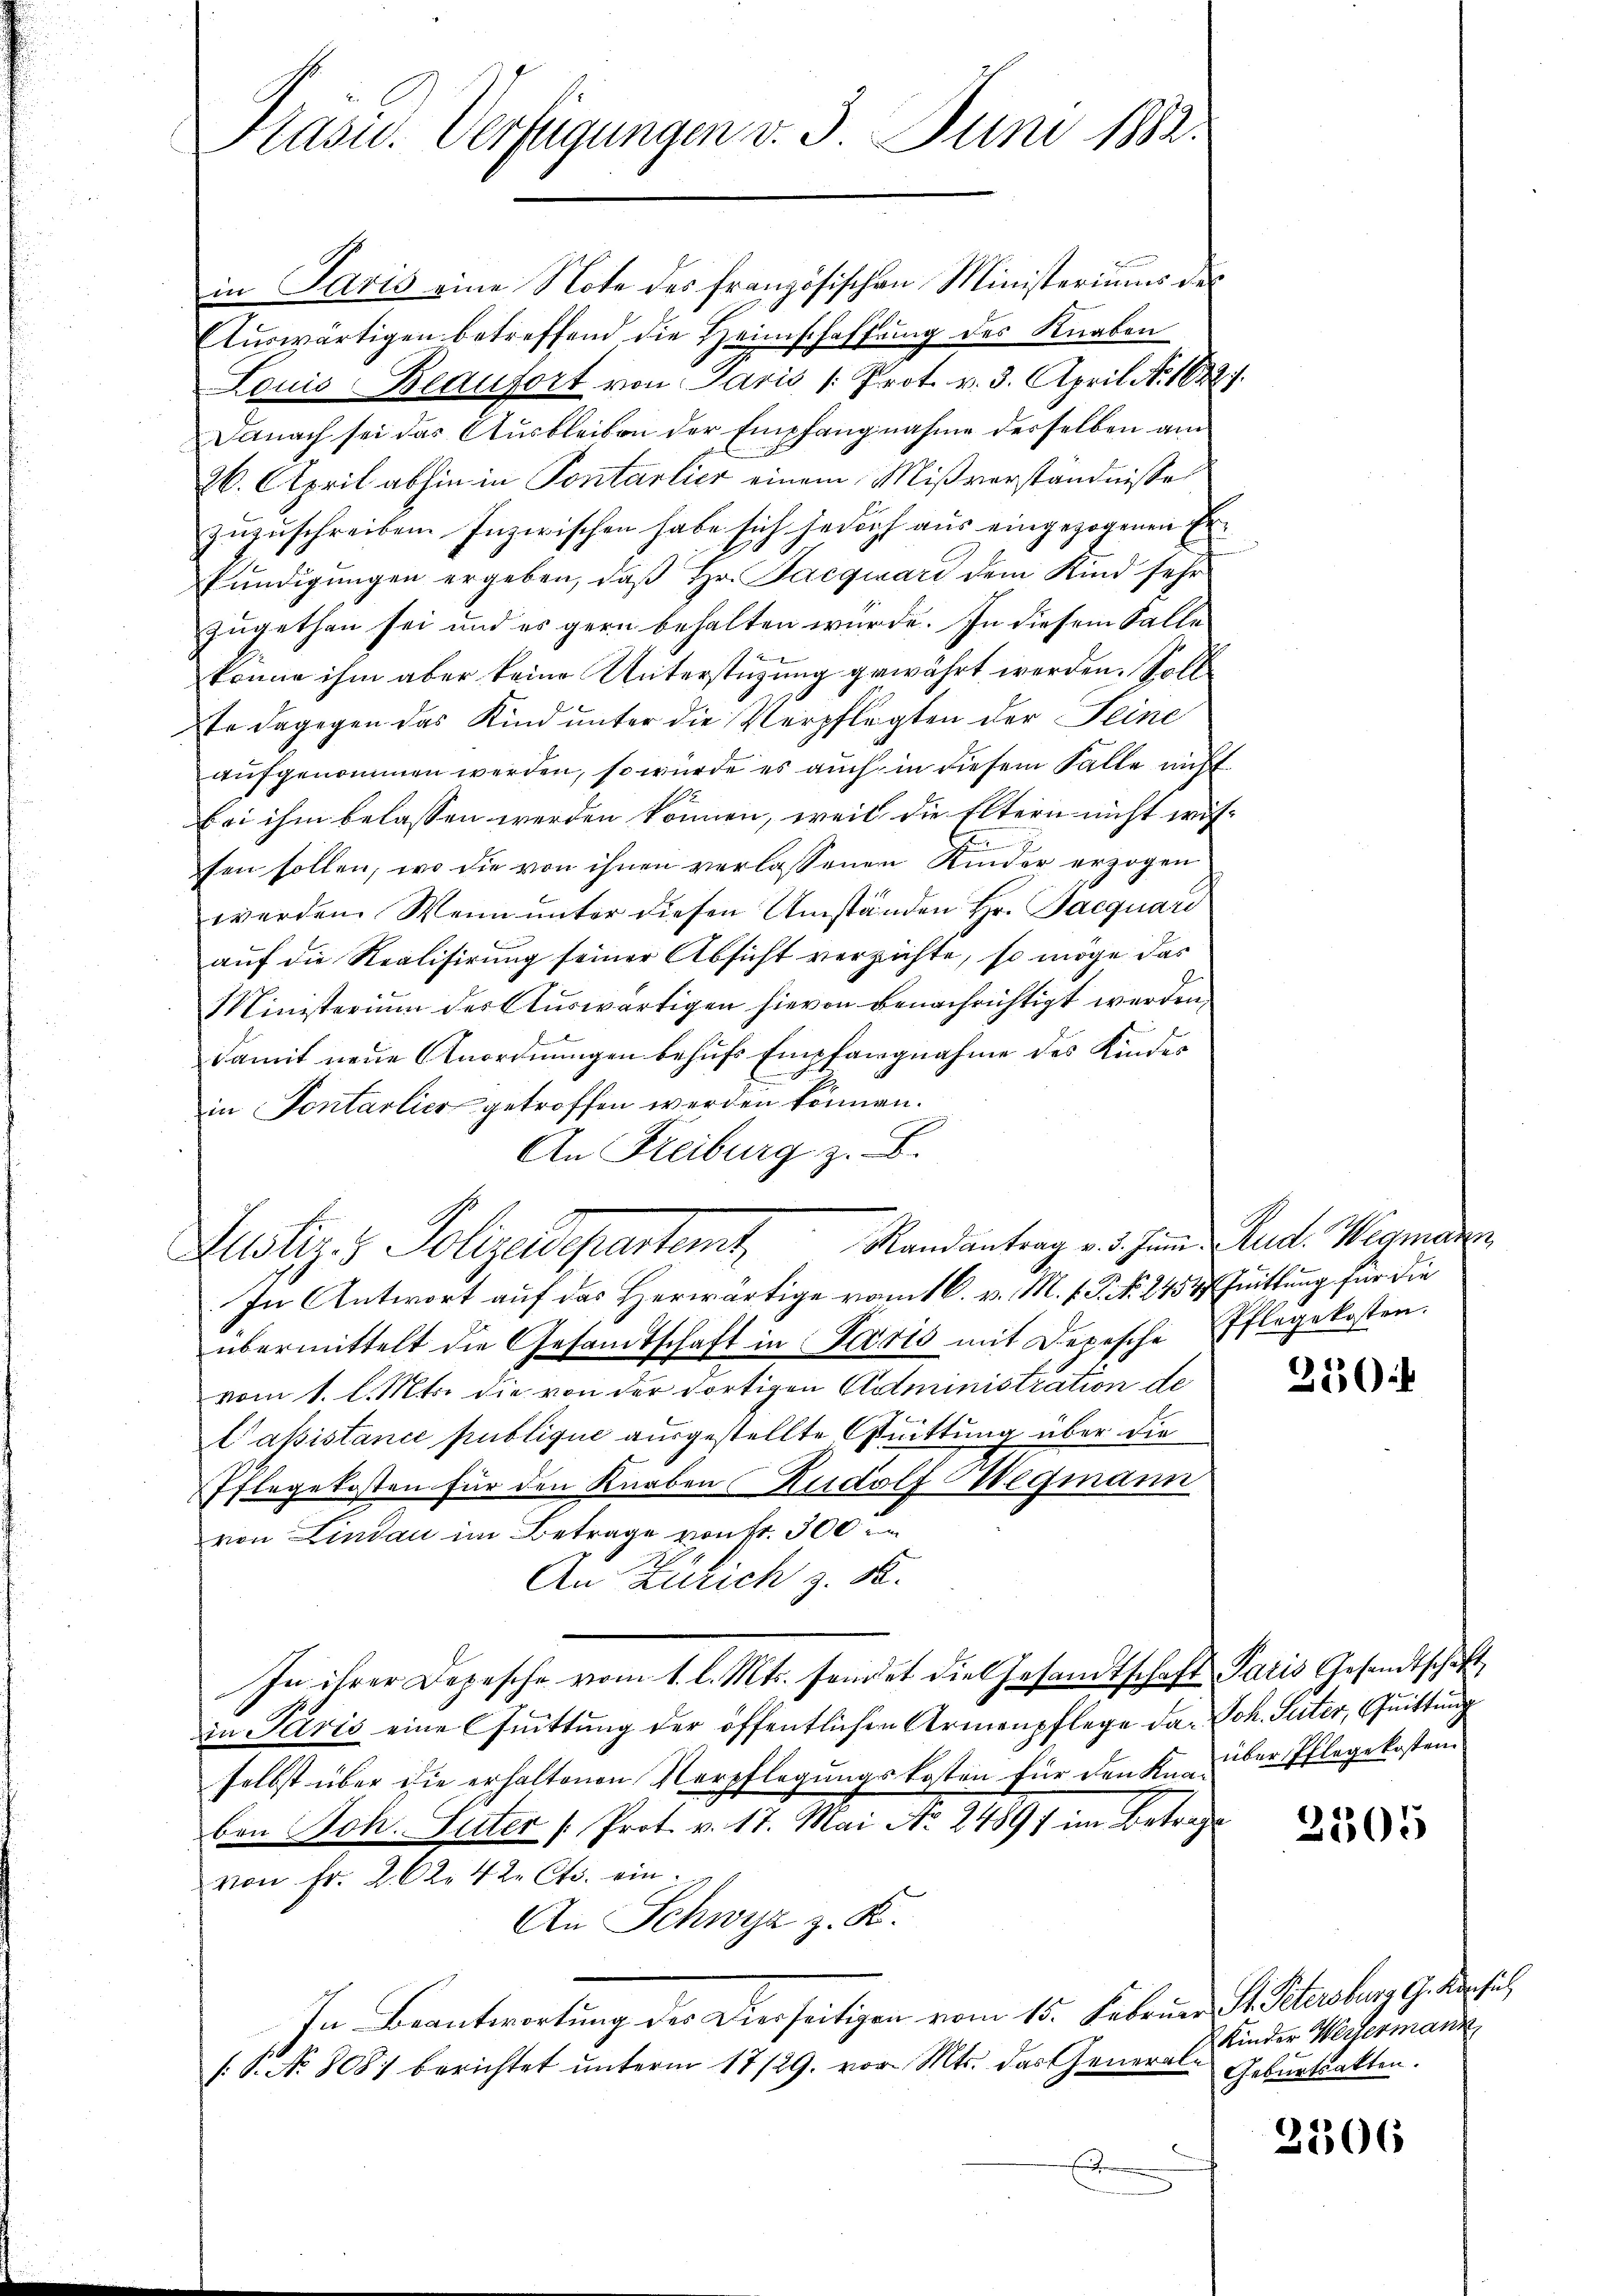
Präsid. Verfügungen v. 3. Juni 1882.

in Paris eine Note des französischen Ministeriums des
Auswärtigen betreffend die Heimschaffung des Knaben
Louis Beaufort von Paris /: Prot. v. 3. April N. 1622).
Danach sei das Ausbleiben der Empfangnahme derselben am
26. April abhin in Pontarlier einem Mißverständnisses
zŭzŭschreiben. Inzwischen habe sich jedoch aus eingezogenen Erkŭndigŭngen ergeben, daβ hr. Jacquard dem Kind sehr
zugethan sei und es gern behalten wurde. In diesem Falle
könne ihm aber keine Unterstützung gewährt werden. Soll
te dagegen das Kind unter die Verpflegten der Feine
aufgenommen werden, so wurde es auch in diesem Falle nicht
bei ihm belassen werden können, weil die Eltern nicht wis-

sen sollen, wo die von ihnen verlassenen Kinder erzogen
werden. Wenn unter diesen Umständen Hr. Jacquari
auf die Realisirung seiner Absicht verzichte, so möge das
Ministerium des Auswärtigen hievon benachrichtigt werden.
damit neue Anordnungen behufs Empfangnahme des Kinder
in Sontarlier getroffen werden können.
An Freiburg z. B.
Randantrag v. 5. Juni Aud. Wegmann
Potiz & Polizeidepartet,
In Antwort auf das Herwärtige vom 16. v. M. v. J. No. 275 Fuittung für die
übermittelt die Gesamtschaft in Paris mit Depesche Pflegekosten.
vom 1. l. Mts. die von der dortigen Administration de
Casistance publique ausgestellte Quittung über die
Pflegekosten für den Knaben Rudolf Wegmann
von Lindau im Betrage von fr. 300
An Kulich z. B.
In ihrer Depesche vom 1. l. Mts. sendet die Gesandtschaft Paris Gesandtschaft,
in Paris eine Quittung der öffentlichen Armenpflege da. Joh. Suter, Quittung
selbst über die erhaltenen Verpflegungskosten für den Knüber Pflegekosten
ben Joh. Suter (Prot. v. 17. Mai No 21897 im Betrage
von Fr. 202. 42. Cts. ein.
An Schwyz z. K.
In Beantwortung der Derseitigen vom 15. Februar J. Straher G. der fes
/1. No. 8081 berichtet unterm 17/29. vor. Mts. das General-
.

250

3305

Kinder Wertermann
Geburtsakten.

2306